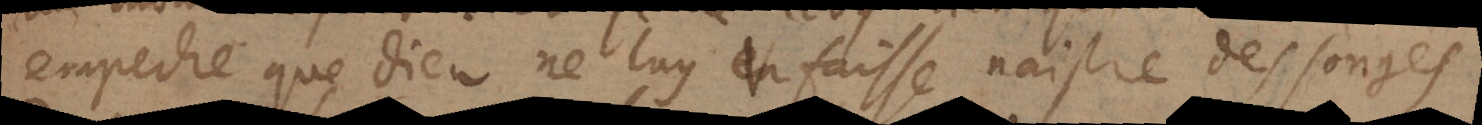
empeche que Dieu ne luy faisse naistre des songes